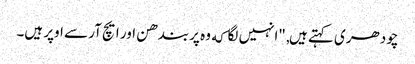
چودھری کہتے ہیں, "انہیں لگا که وہ پربندھن اور ایچ آر سے اوپر ہیں۔